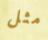
مثل